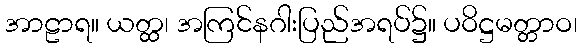
အာဠာရ။ ယတ္ထ၊ အကြင်နဂါးပြည်အရပ်၌။ ပဝိဋ္ဌမတ္တာဝ၊